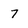
Character: 7